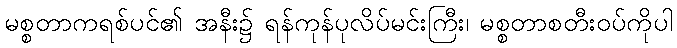
မစ္စတာကရစ်ပင်၏ အနီး၌ ရန်ကုန်ပုလိပ်မင်းကြီး၊ မစ္စတာစတီးဝပ်ကိုပါ